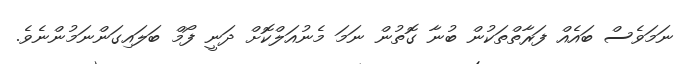
ނަމަވެސް ބައެއް ފަރާތްތަކުން ބުނާ ގޮތުން ނަމަ މެނުއަލްކޮށް ދަނީ ފޯމް ބަލައިގަންނަމުންނެވެ.